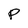
Character: P